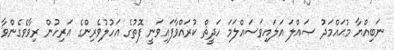
ނަބިއްޔާ މުޙައްމަދު ޞައްލަ އަލައިވަސައްލަމަ ހަދީޘް ކުރައްވާފައިވަނީ ފޮތުގެ އަހުލުވެރިންގެ އަރިހުން ރިވާވެގެންވާ